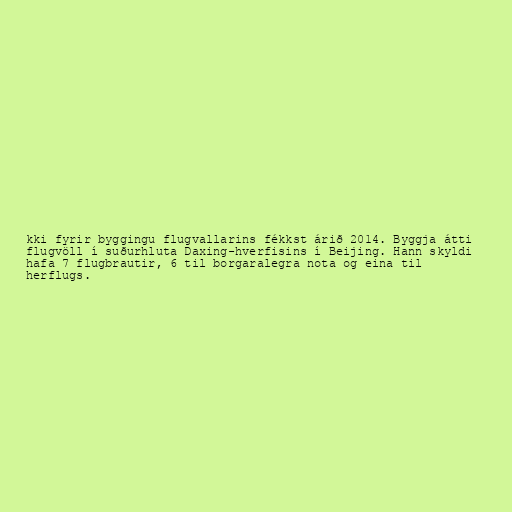
kki fyrir byggingu flugvallarins fékkst árið 2014. Byggja átti
flugvöll í suðurhluta Daxing-hverfisins í Beijing. Hann skyldi
hafa 7 flugbrautir, 6 til borgaralegra nota og eina til
herflugs.